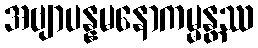
အဗျာပန္နမနောကမ္မန္တဿ